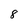
Character: 8